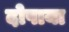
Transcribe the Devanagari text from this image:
दोपाया